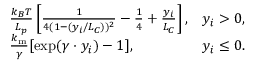
\begin{array} { r l r } & { \frac { k _ { B } T } { L _ { p } } \left[ \frac { 1 } { 4 ( 1 - ( y _ { i } / L _ { C } ) ) ^ { 2 } } - \frac { 1 } { 4 } + \frac { y _ { i } } { L _ { C } } \right] , } & { y _ { i } > 0 , } \\ & { \frac { k _ { \mathrm { m } } } { \gamma } [ \exp ( \gamma \cdot y _ { i } ) - 1 ] , } & { y _ { i } \le 0 . } \end{array}